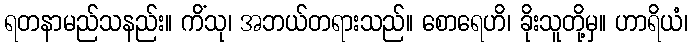
ရတနာမည်သနည်း။ ကိံသု၊ အဘယ်တရားသည်။ စောရေဟိ၊ ခိုးသူတို့မှ။ ဟာရိယံ၊